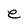
Character: e